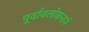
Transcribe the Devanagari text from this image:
पूर्वावलोकनाने